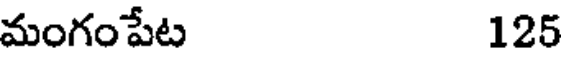
మంగంపేట 125